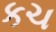
કચ